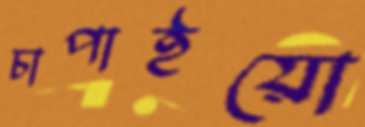
চাপাইয়ো